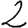
Digit: 2